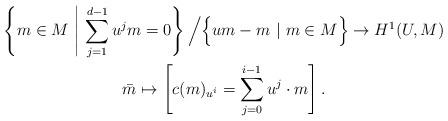
LaTeX: \begin{gather*}\left\{m\in M\ \middle|\ \sum_{j=1}^{d-1} u^j m = 0\right\} \Big/ \Big\{um - m\ |\ m\in M\Big\} \to H^1(U,M)\\\bar{m} \mapsto \left[c(m)_{u^i} = \sum_{j=0}^{i-1} u^j \cdot m\right].\end{gather*}